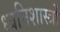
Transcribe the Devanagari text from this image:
ध्वनिशास्त्रों